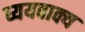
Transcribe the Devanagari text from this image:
ध्ययवाक्य